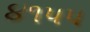
૪૧પપ